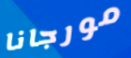
مورجانا